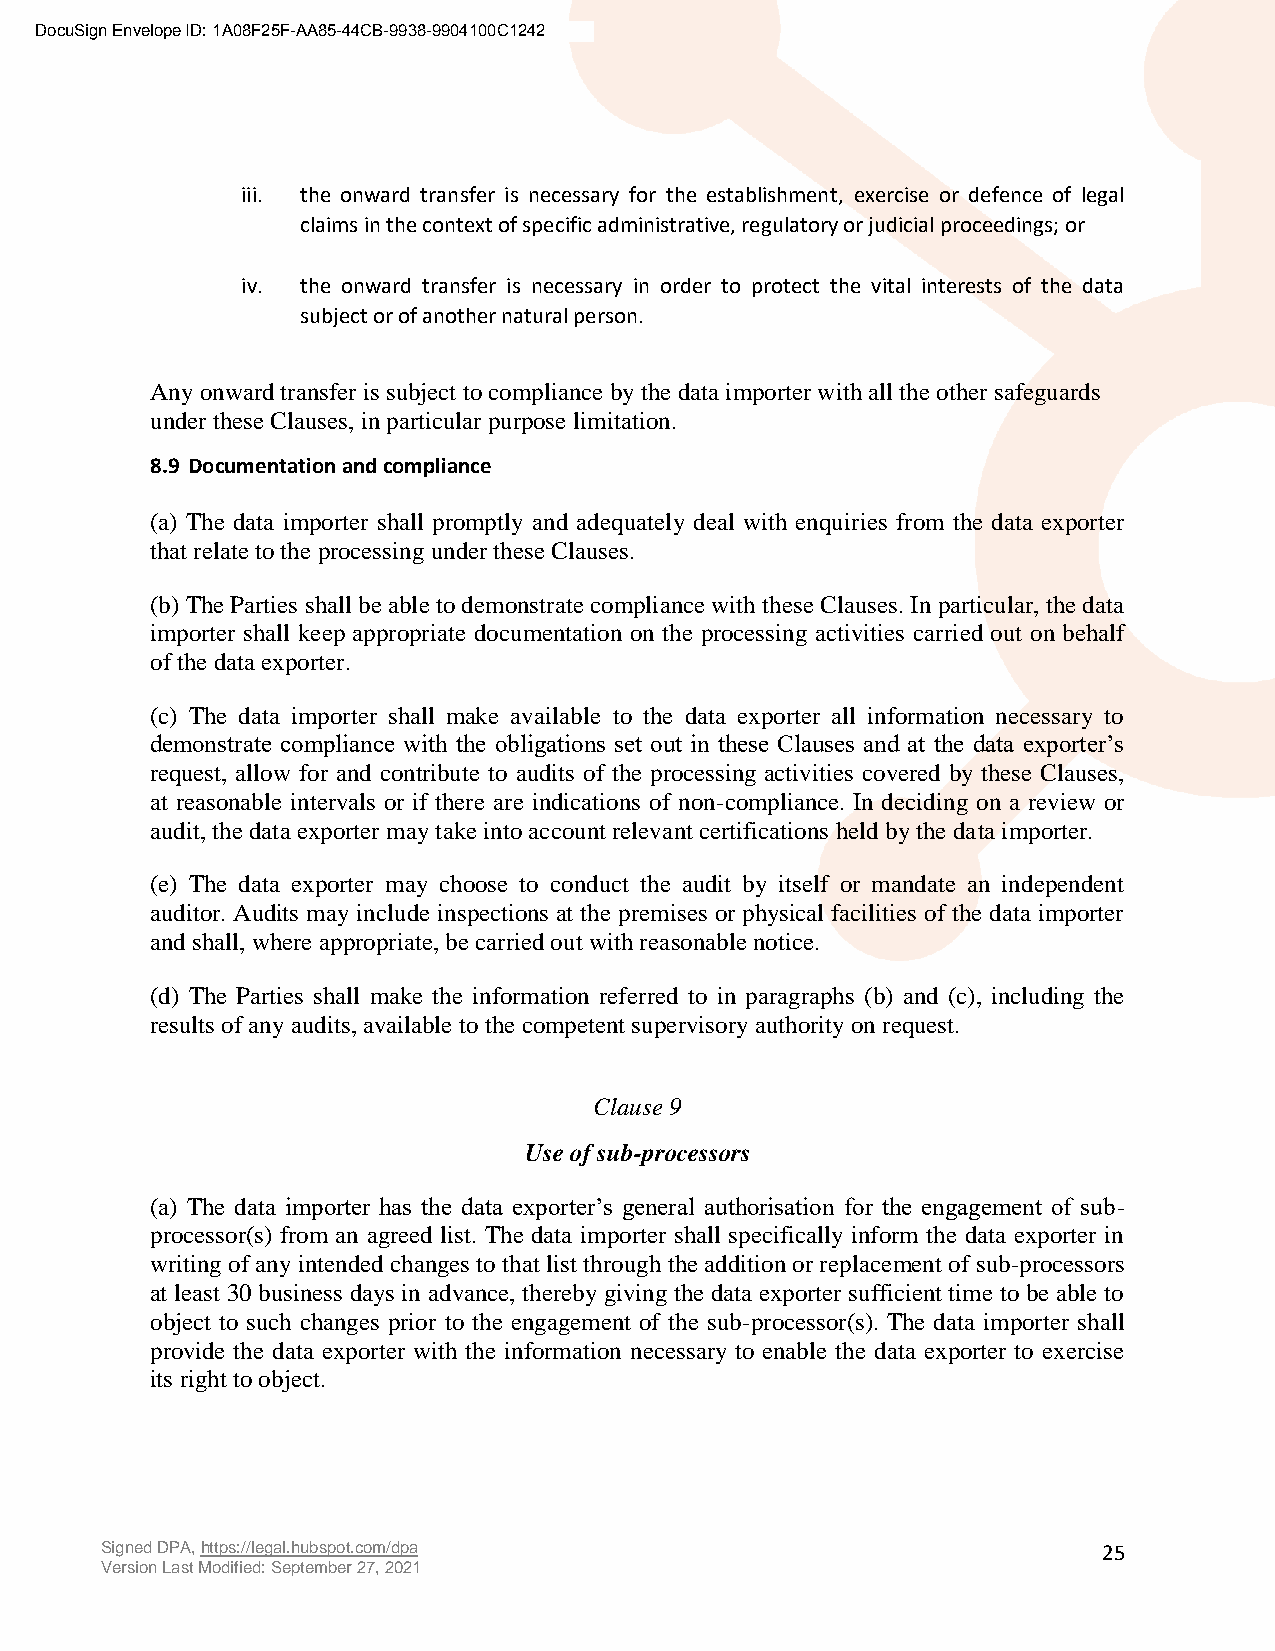
DocuSign Envelope ID: 1A08F25F-AA85-44CB-9938-9904100C1242
 iii. the onward transfer is necessary for the establishment, exercise or defence of legal
 claims in the context of specific administrative, regulatory or judicial proceedings; or
 iv. the onward transfer is necessary in order to protect the vital interests of the data
 subject or of another natural person.
 Any onward transfer is subject to compliance by the data importer with all the other safeguards
 under these Clauses, in particular purpose limitation.
 8.9 Documentation and compliance
 (a) The data importer shall promptly and adequately deal with enquiries from the data exporter
 that relate to the processing under these Clauses.
 (b) The Parties shall be able to demonstrate compliance with these Clauses. In particular, the data
 importer shall keep appropriate documentation on the processing activities carried out on behalf
 of the data exporter.
 (c) The data importer shall make available to the data exporter all information necessary to
 demonstrate compliance with the obligations set out in these Clauses and at the data exporter’s
 request, allow for and contribute to audits of the processing activities covered by these Clauses,
 at reasonable intervals or if there are indications of non-compliance. In deciding on a review or
 audit, the data exporter may take into account relevant certifications held by the data importer.
 (e) The data exporter may choose to conduct the audit by itself or mandate an independent
 auditor. Audits may include inspections at the premises or physical facilities of the data importer
 and shall, where appropriate, be carried out with reasonable notice.
 (d) The Parties shall make the information referred to in paragraphs (b) and (c), including the
 results of any audits, available to the competent supervisory authority on request.
 Clause 9
 Use of sub-processors
 (a) The data importer has the data exporter’s general authorisation for the engagement of sub-
 processor(s) from an agreed list. The data importer shall specifically inform the data exporter in
 writing of any intended changes to that list through the addition or replacement of sub-processors
 at least 30 business days in advance, thereby giving the data exporter sufficient time to be able to
 object to such changes prior to the engagement of the sub-processor(s). The data importer shall
 provide the data exporter with the information necessary to enable the data exporter to exercise
 its right to object.
 Signed DPA, https://legal.hubspot.com/dpa                         25
 Version Last Modified: September 27, 2021